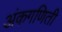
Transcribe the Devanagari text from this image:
अंकगणिती